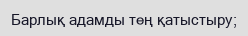
Барлық адамды тең қатыстыру;